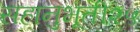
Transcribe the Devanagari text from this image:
सहानुभूती२५